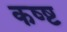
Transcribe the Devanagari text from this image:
कष्ष्ट